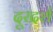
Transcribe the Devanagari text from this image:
दूरदर्श